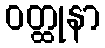
ဝတ္ထုနာ